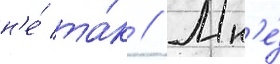
н'е́ та́к // Мн'е́